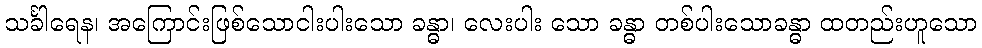
သင်္ခါရေန၊ အကြောင်းဖြစ်သောငါးပါးသော ခန္ဓာ၊ လေးပါး သော ခန္ဓာ တစ်ပါးသောခန္ဓာ ထတည်းဟူသော